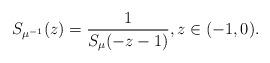
LaTeX: \begin{align*}S_{\mu^{-1}}(z) = \frac{1}{S_\mu(-z-1)}, z\in (-1,0). \end{align*}